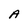
Character: A